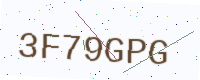
Text: 3F79GPG